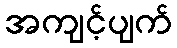
အကျင့်ပျက်